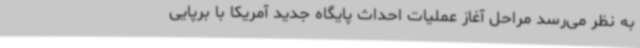
به نظر می‌رسد مراحل آغاز عملیات احداث پایگاه جدید آمریکا با برپایی